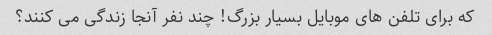
که برای تلفن های موبایل بسیار بزرگ! چند نفر آنجا زندگی می کنند؟